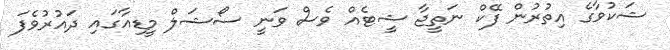
ޝަކުވާގެ އިތުރުން ފޭކް ނަތީޖާ ޝީޓެއް ވެސް ވަނީ ސޯޝަލް މީޑިއާގައި ދައުރުވެފަ